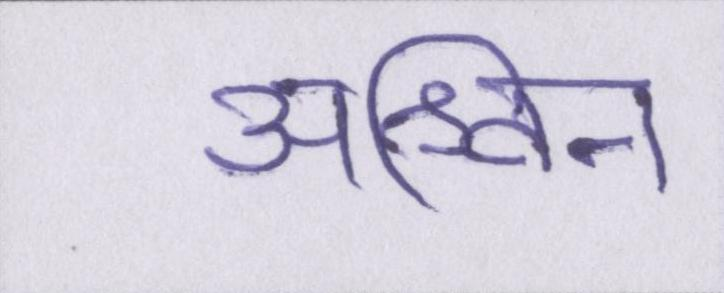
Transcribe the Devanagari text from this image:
अश्विन